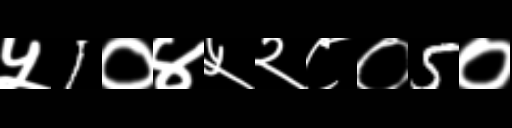
Text: ५1०४५२८०5०